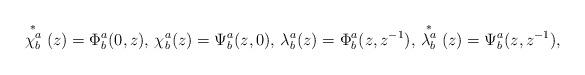
LaTeX: \begin{align*}\stackrel{*}{\chi^a_b}(z)=\Phi^a_b(0,z), \, \chi^a_b(z)=\Psi^a_b(z,0),\, \lambda^a_b(z)=\Phi^a_b(z,z^{-1}), \, \stackrel{*}{\lambda^a_b}(z)=\Psi^a_b(z,z^{-1}),\end{align*}